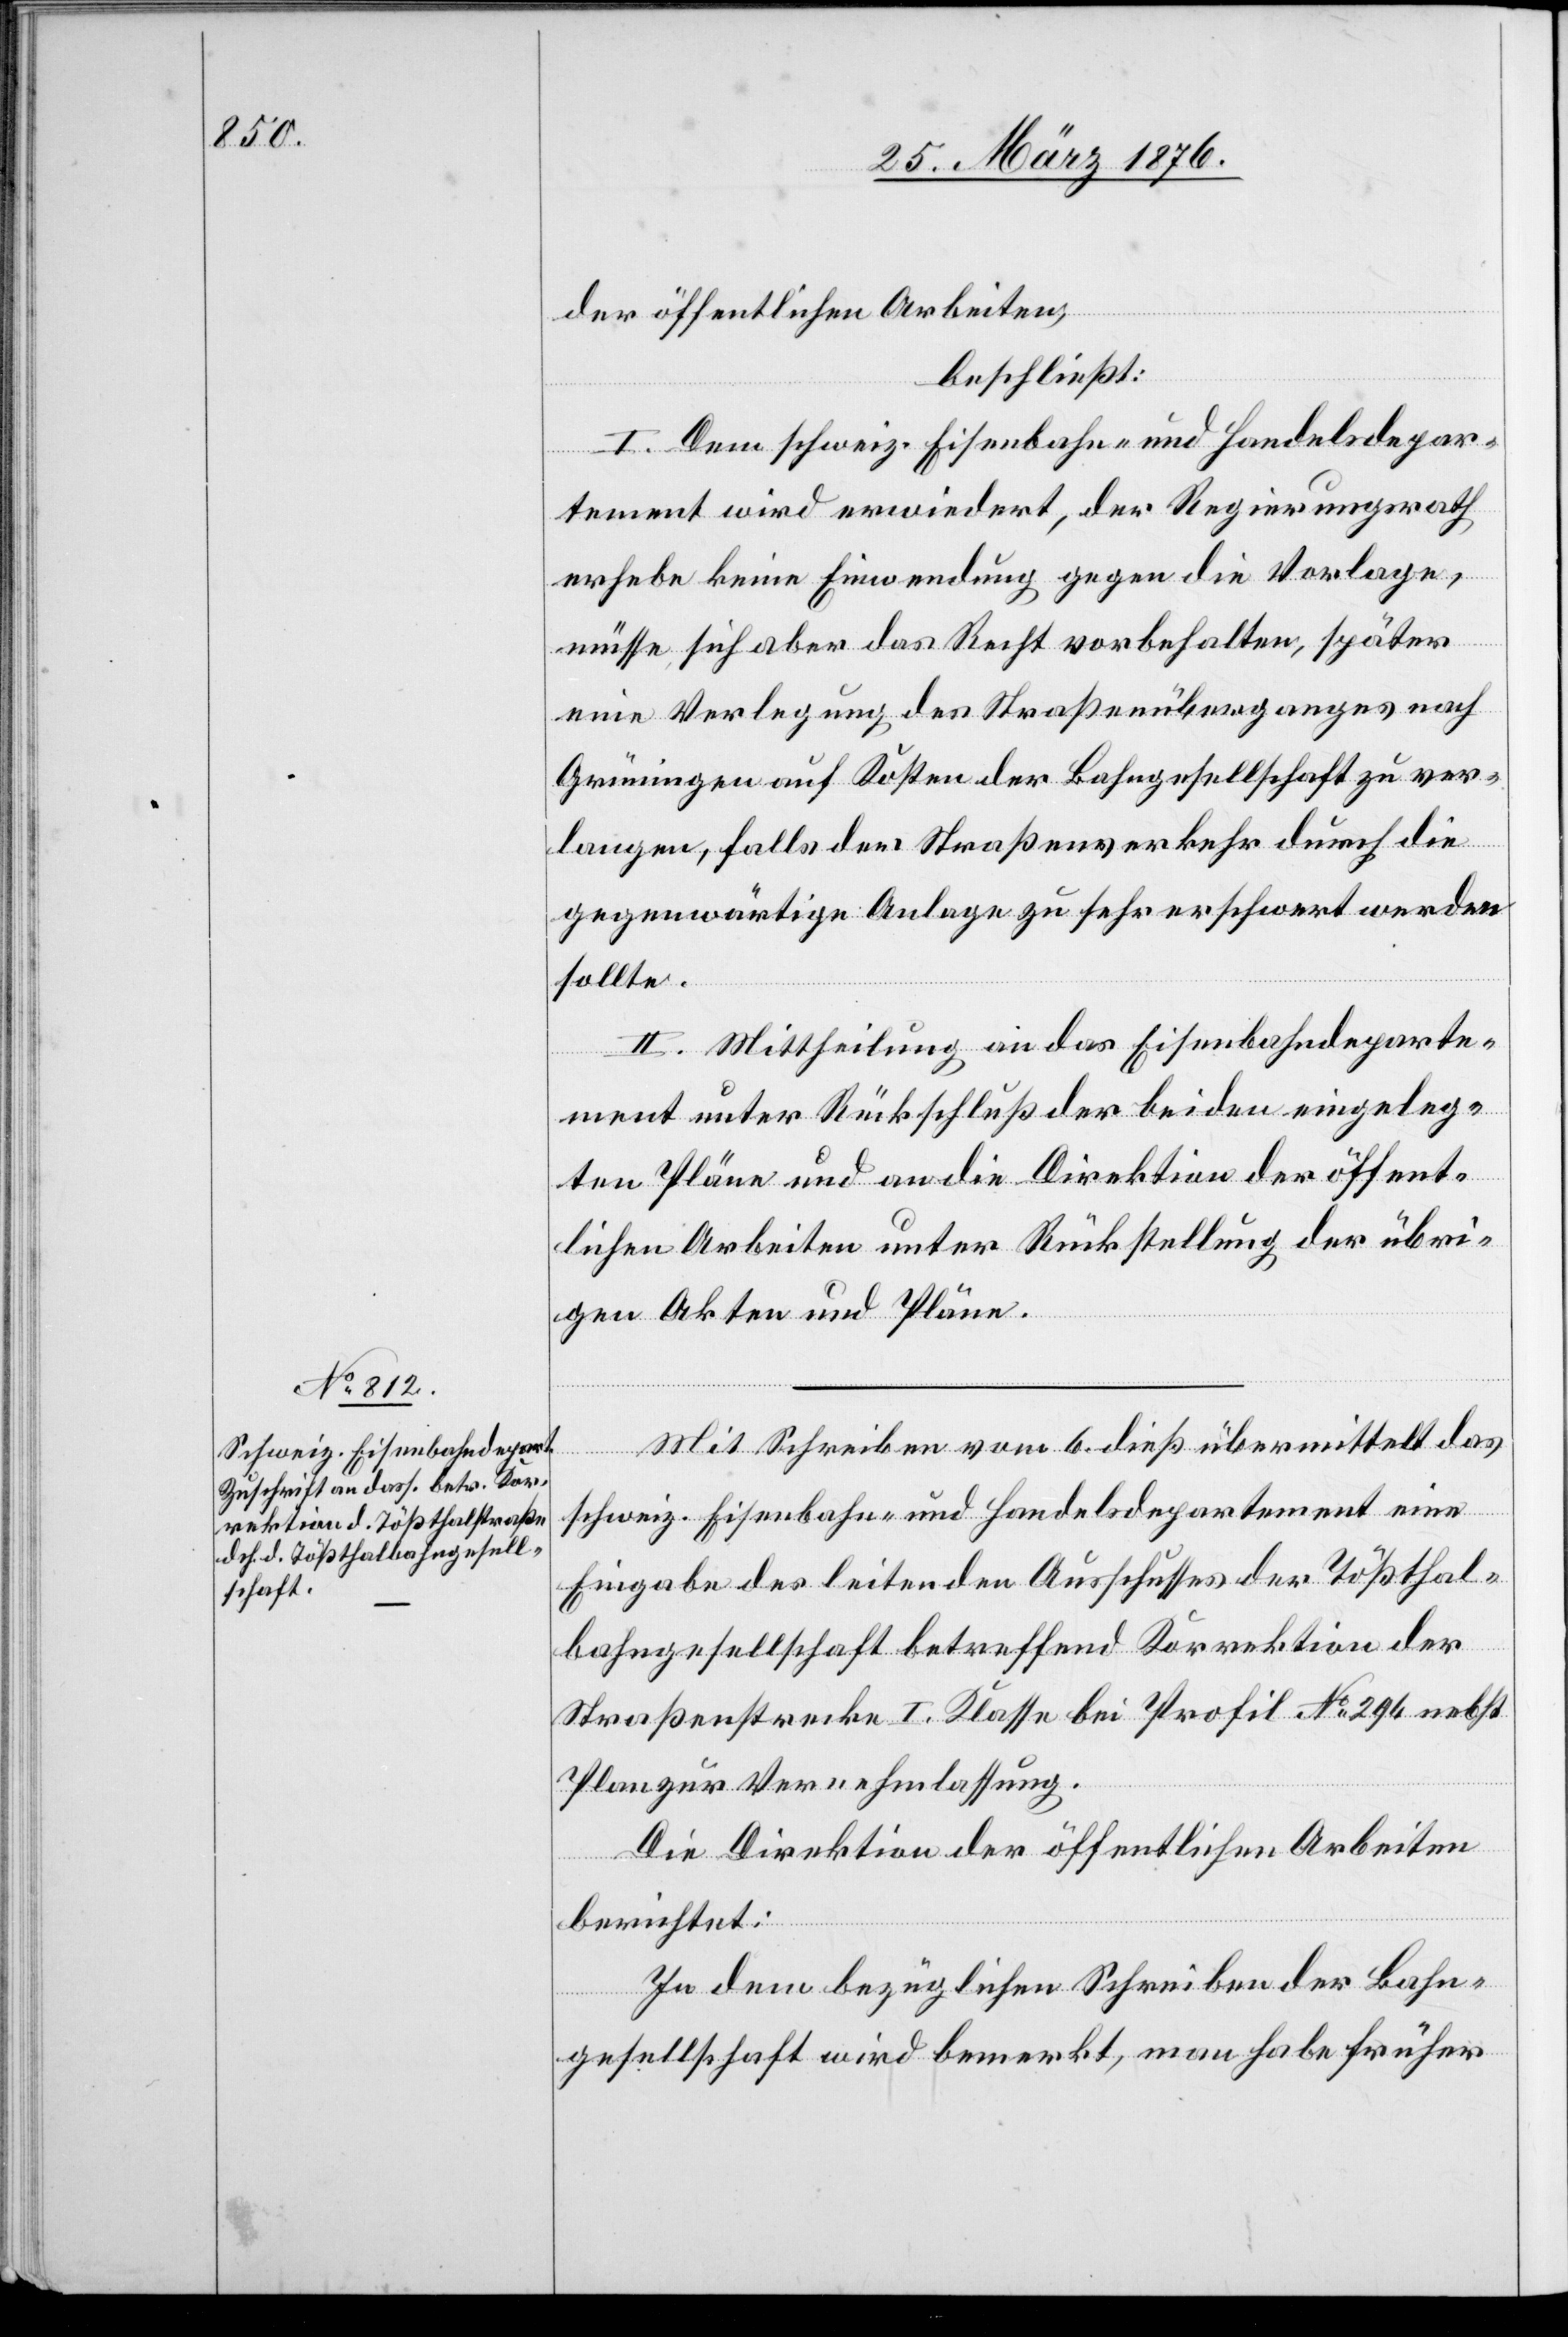
der öffentlichen Arbeiten,
beschließt:
I. Dem schweiz. Eisenbahn- und Handelsdepar¬
tement wird erwiedert, der Regierungsrath
erhebe keine Einwendung gegen die Vorlage,
müsse sich aber das Recht vorbehalten, später
eine Verlegung des Straßenüberganges nach
Grüningen auf Kosten der Bahngesellschaft zu ver¬
langen, falls der Straßenverkehr durch die
gegenwärtige Anlage zu sehr erschwert werden
sollte.
II. Mittheilung an das Eisenbahndeparte¬
ment unter Rückschluß der beiden eingeleg¬
ten Pläne und an die Direktion der öffent¬
lichen Arbeiten unter Rückstellung der übri¬
gen Akten und Pläne.
Mit Schreiben vom 6. dieß übermittelt das
schweiz. Eisenbahn- und Handelsdepartement eine
Eingabe des leitenden Ausschusses der Tößthal¬
bahngesellschaft betreffend Korrektion der
Straßenstrecke I. Klasse bei Profil No 294 nebst
Plan zur Vernehmlassung.
Die Direktion der öffentlichen Arbeiten
berichtet:
In dem bezüglichen Schreiben der Bahn¬
gesellschaft wird bemerkt, man habe früher